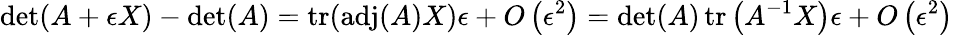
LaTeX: \operatorname*{det}(A+\epsilon X)-\operatorname*{det}(A)=\operatorname{tr}(\operatorname{adj}(A)X)\epsilon+O\left(\epsilon^{2}\right)=\operatorname*{det}(A)\operatorname{tr}\left(A^{-1}X\right)\epsilon+O\left(\epsilon^{2}\right)